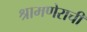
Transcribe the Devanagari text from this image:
श्रामणेराची